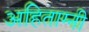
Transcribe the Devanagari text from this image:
अहिताग्नी